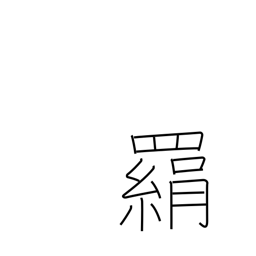
Meaning: trap